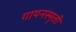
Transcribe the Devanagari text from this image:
गायनस्मृती